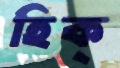
হিক্